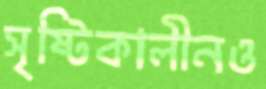
সৃষ্টিকালীনও